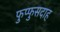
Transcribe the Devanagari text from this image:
फुप्फुसदाह